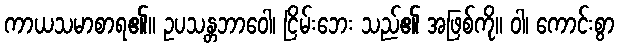
ကာယသမာစာရ၏။ ဥပသန္တဘာဝေါ၊ ငြိမ်းဘေး သည်၏ အဖြစ်ကို။ ဝါ၊ ကောင်းစွာ